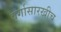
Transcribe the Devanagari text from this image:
वर्गासारखीच